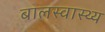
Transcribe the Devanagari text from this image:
बालस्वास्थ्य